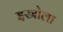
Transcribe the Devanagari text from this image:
इस्रोला